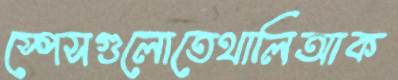
স্পেসগুলোতেথালিআক